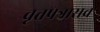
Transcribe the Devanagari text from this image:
वृत्तपत्रासच